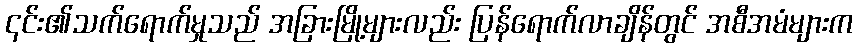
၎င်း၏သက်ရောက်မှုသည် အခြားမြို့များလည်း ပြန်ရောက်လာချိန်တွင် အစီအမံများက